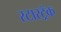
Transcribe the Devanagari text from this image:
स्टारट्रॅक